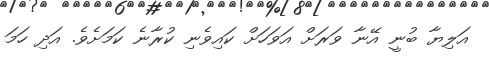
އަލިޔާ ބުނީ އޭނާ ވަރަށް އަވަހަށް ކައިވެނި ކުރާނެ ކަމަށެވެ. އަދި ހަމަ